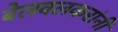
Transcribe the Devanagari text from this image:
बेलवलकरांनी